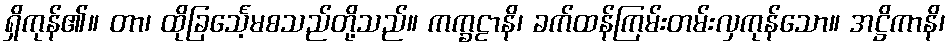
ရှိကုန်၏။ တာ၊ ထိုခြင်္သေ့မစသည်တို့သည်။ ကက္ခဠာနိ၊ ခက်ထန်ကြမ်းတမ်းလှကုန်သော။ အဋ္ဌိကာနိ၊